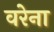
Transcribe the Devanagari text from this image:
वरेना